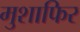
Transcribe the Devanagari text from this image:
मुशाफिर